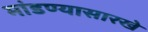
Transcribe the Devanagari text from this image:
मांडण्यासारखे